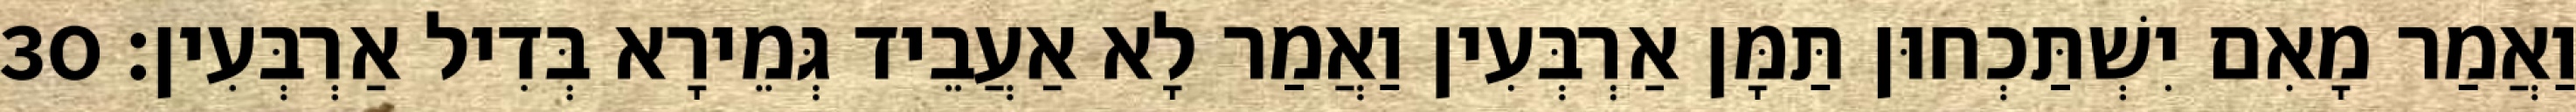
וַאֲמַר מָאִם יִשְׁתַּכְחוּן תַּמָּן אַרְבְּעִין וַאֲמַר לָא אַעֲבֵיד גְּמֵירָא בְּדִיל אַרְבְּעִין׃ 30